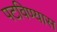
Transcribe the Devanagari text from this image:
पटविण्यास